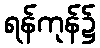
ရန်ကုန်၌